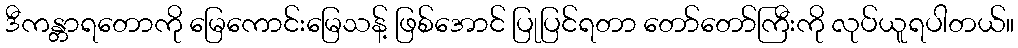
ဒီကန္တာရတောကို မြေကောင်းမြေသန့် ဖြစ်အောင် ပြုပြင်ရတာ တော်တော်ကြီးကို လုပ်ယူရပါတယ်။